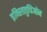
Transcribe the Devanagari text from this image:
इन्स्तितुचिओन